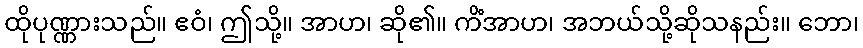
ထိုပုဏ္ဏားသည်။ ဧဝံ၊ ဤသို့။ အာဟ၊ ဆို၏။ ကိံအာဟ၊ အဘယ်သို့ဆိုသနည်း။ ဘော၊